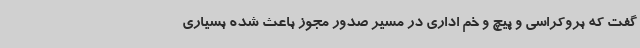
گفت که بروکراسی و پیچ و خم اداری در مسیر صدور مجوز باعث شده بسیاری